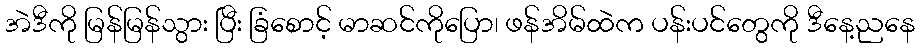
အဲဒီကို မြန်မြန်သွား ပြီး ခြံစောင့် မာဆင်ကိုပြော၊ ဖန်အိမ်ထဲက ပန်းပင်တွေကို ဒီနေ့ညနေ